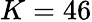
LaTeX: K=46